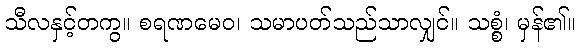
သီလနှင့်တကွ။ စရဏမေဝ၊ သမာပတ်သည်သာလျှင်။ သစ္စံ၊ မှန်၏။